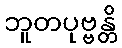
ဘူတပုဗ္ဗန္တိ